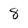
Character: 8